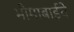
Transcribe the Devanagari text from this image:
भीमाबाईंचे